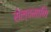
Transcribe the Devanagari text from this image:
सेल्वमाणि